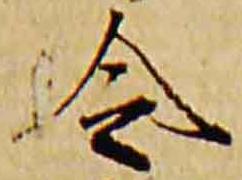
令